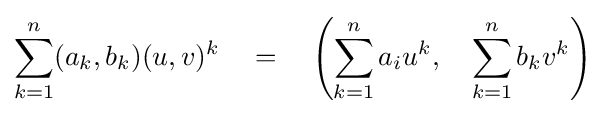
\sum _{k=1}^{n}(a_{k},b_{k})(u,v)^{k}\quad =\quad \left({\sum _{k=1}^{n}a_{i}u^{k}},\quad \sum _{k=1}^{n}b_{k}v^{k}\right)